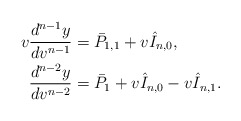
\begin{align*} v\frac{d^{n-1}y}{dv^{n-1}}&=\bar{P}_{1,1}+v\hat{I}_{n,0},\\ \frac{d^{n-2}y}{dv^{n-2}}&=\bar{P}_{1}+v\hat{I}_{n,0}-v\hat{I}_{n,1}.\end{align*}